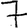
Digit: 7